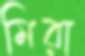
মিরা